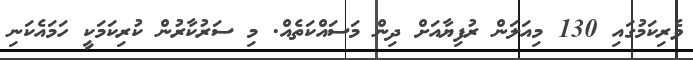
ވެރިކަމުގައި 130 މިއަލަން ރުފިިޔާއަށް ދިން މަސައްކަތެއް. މި ސަރުކާރުން ކުރިކަމަކީ ހަމައެކަނި